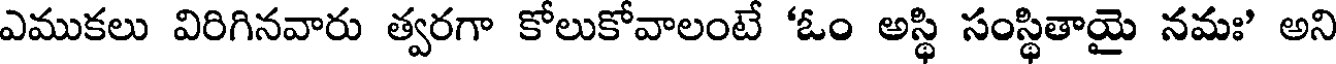
ఎముకలు విరిగినవారు త్వరగా కోలుకోవాలంటే 'ఓం అస్థి సంస్థితాయై నమః' అని